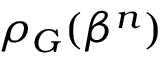
\rho _ { G } ( \beta ^ { n } )